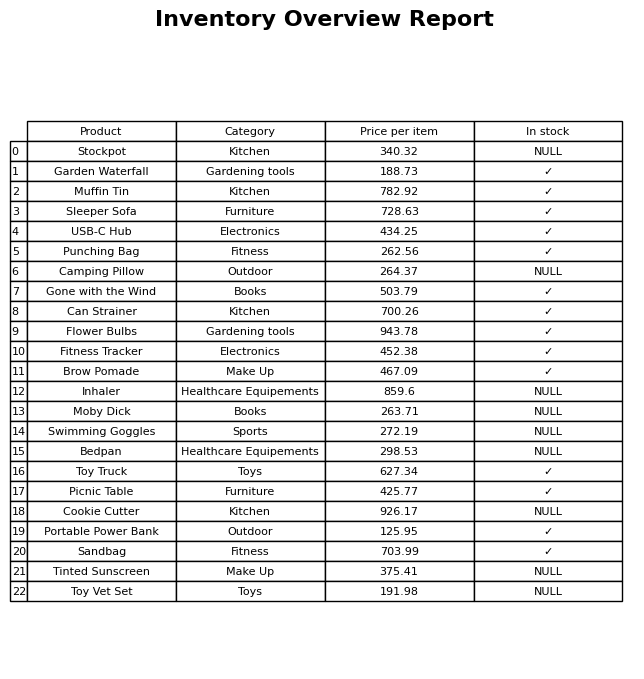
question: What is the price of the Sandbag?
answer: The price of Sandbag is 703.99.